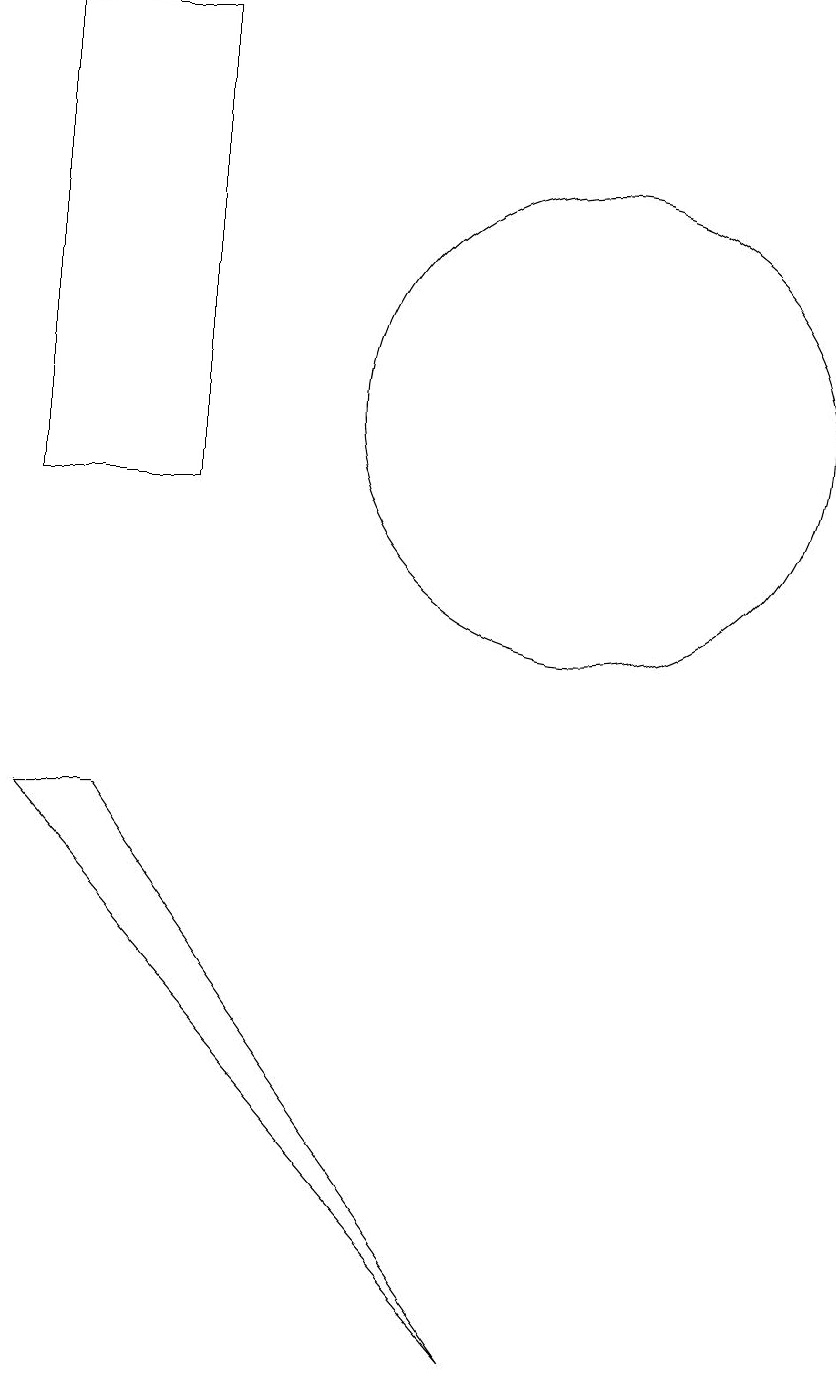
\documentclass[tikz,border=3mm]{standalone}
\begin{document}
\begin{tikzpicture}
\draw (5,17) rectangle (3,11);
\draw (4,7) -- (9,0) -- (3,7) -- cycle;
\draw (10,12) circle (3);
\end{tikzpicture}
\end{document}